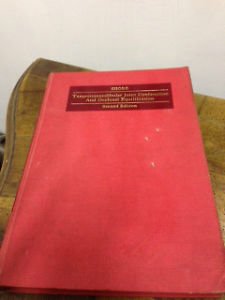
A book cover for Temporomandibular Joint Dysfunction and Occlusal Equilibration; Nathan Allen Shore; Medical Books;